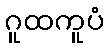
ဂူထကူပံ